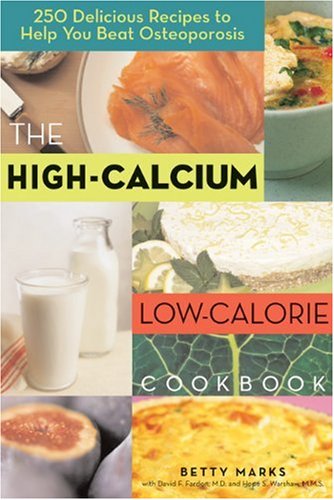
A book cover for The High-Calcium Low-Calorie Cookbook: 250 Delicious Recipes to Help You Beat Osteoporosis; Betty Marks; Health, Fitness & Dieting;